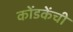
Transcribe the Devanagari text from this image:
कोंडकेंची